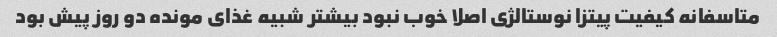
متاسفانه کیفیت پیتزا نوستالژی اصلا خوب نبود بیشتر شبیه غذای مونده دو روز پیش بود